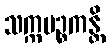
သက္ကပဉ္စကန္တိ